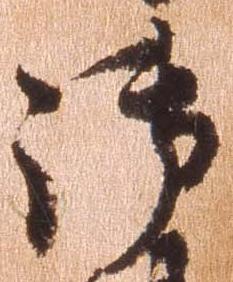
御